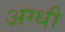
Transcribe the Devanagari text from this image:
अग्धी